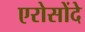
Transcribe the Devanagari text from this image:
एरोसोंदे